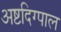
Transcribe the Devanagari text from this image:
अष्टदिग्पाल